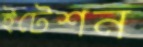
ইটেশন